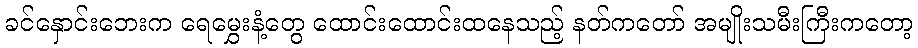
ခင်နှောင်းဘေးက ရေမွှေးနံ့တွေ ထောင်းထောင်းထနေသည့် နတ်ကတော် အမျိုးသမီးကြီးကတော့